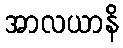
အာလယာနိ